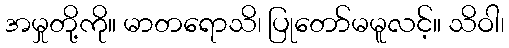
အမှုတို့ကို။ မာတရောသိ၊ ပြုတော်မမူလင့်။ သိဝါ၊